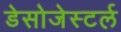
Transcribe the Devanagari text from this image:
डेसोजेस्टर्ल